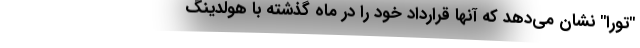
"تورا" نشان می‌دهد که آنها قرارداد خود را در ماه گذشته با هولدینگ